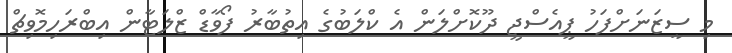
މި ސީޒަނަށްފަހު ޕީއެސްޖީ ދޫކޮށްލަން އެ ކްލަބުގެ އިތުބާރު ފޯވާޑް ޒްލަޓާން އިބްރަހިމޮވިޗް